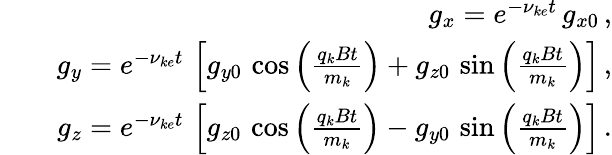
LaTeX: \begin{array}{rlr}&{}&{g_{x}=e^{-\nu_{ke}t}\, g_{x0}\, ,}\\ &{}&{g_{y}=e^{-\nu_{ke}t}\, \left[g_{y0}\, \cos\left(\frac{q_{k}Bt}{m_{k}}\right)+g_{z0}\, \sin\left(\frac{q_{k}Bt}{m_{k}}\right)\right]\, ,}\\ &{}&{g_{z}=e^{-\nu_{ke}t}\, \left[g_{z0}\, \cos\left(\frac{q_{k}Bt}{m_{k}}\right)-g_{y0}\, \sin\left(\frac{q_{k}Bt}{m_{k}}\right)\right]\, .}\end{array}